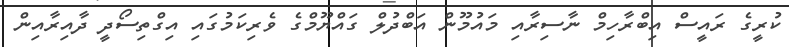
ކުރީގެ ރައީސް އިބްރާހިމް ނާސިރާއި މައުމޫން އަބްދުލް ގައްޔޫމްގެ ވެރިކަމުގައި އިގްތިސޯދީ ދާއިރާއިން